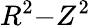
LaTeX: R^{2}{-}Z^{2}